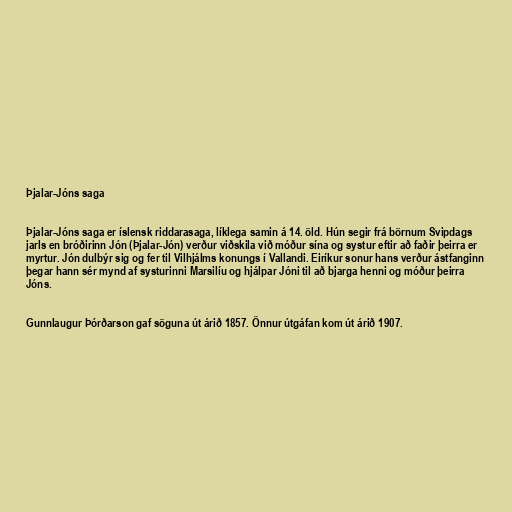
Þjalar-Jóns saga

Þjalar-Jóns saga er íslensk riddarasaga, líklega samin á 14. öld. Hún segir frá börnum Svipdags
jarls en bróðirinn Jón (Þjalar-Jón) verður viðskila við móður sína og systur eftir að faðir þeirra er
myrtur. Jón dulbýr sig og fer til Vilhjálms konungs í Vallandi. Eiríkur sonur hans verður ástfanginn
þegar hann sér mynd af systurinni Marsilíu og hjálpar Jóni til að bjarga henni og móður þeirra
Jóns.

Gunnlaugur Þórðarson gaf söguna út árið 1857. Önnur útgáfan kom út árið 1907.